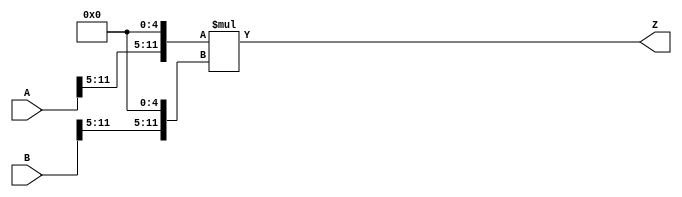
/***
* This code is a part of EvoApproxLib library (ehw.fit.vutbr.cz/approxlib) distributed under The MIT License.
* When used, please cite the following article(s): PRABAKARAN B. S., MRAZEK V., VASICEK Z., SEKANINA L., SHAFIQUE M. ApproxFPGAs: Embracing ASIC-based Approximate Arithmetic Components for FPGA-Based Systems. DAC 2020. 
***/
// MAE% = 0.38 %
// MAE = 63232 
// WCE% = 1.51 %
// WCE = 252929 
// WCRE% = 100.00 %
// EP% = 99.86 %
// MRE% = 5.01 %
// MSE = 56232.128e5 
// FPGA_POWER = 0.71
// FPGA_DELAY = 9.5
// FPGA_LUT = 48



module mul12u_368(
	A, 
	B,
	Z
);

input [12-1:0] A;
input [12-1:0] B;
output [2*12-1:0] Z;

wire [12-1:0] tmpA;
wire [12-1:0] tmpB;
assign tmpA = {A[12-1:5],{5{1'b0}}};
assign tmpB = {B[12-1:5],{5{1'b0}}};
assign Z = tmpA * tmpB;
endmodule